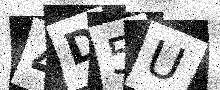
Text: 4D5U